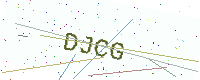
Text: DJCG